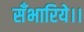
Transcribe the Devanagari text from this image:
सँभारिये।।